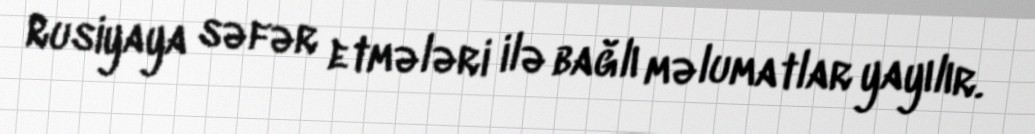
Rusiyaya səfər etmələri ilə bağlı məlumatlar yayılır.